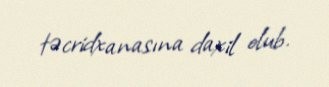
təcridxanasına daxil olub.